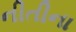
નીતીના